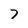
Character: 7